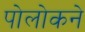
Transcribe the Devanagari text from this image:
पोलोकने